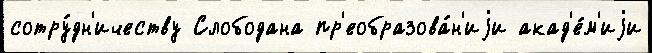
сотру́дн'ичеству Слободана пр'еобразова́н'иjи акад'е́м'иjи